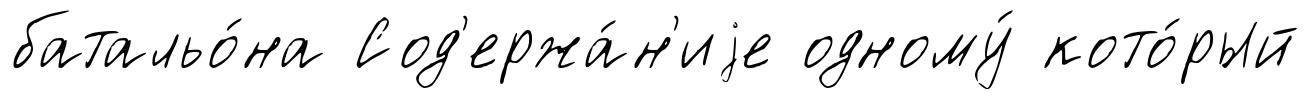
батальо́на Сод'ержа́н'иjе одному́ кото́рый